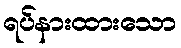
ရပ်နားထားသော